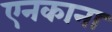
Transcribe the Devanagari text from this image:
एनकाना